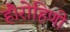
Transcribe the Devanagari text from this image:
हैं।रोहिणी